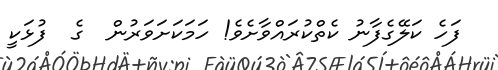
ފަހެ ކަލޭގެފާނު ކެތްކުރައްވާށެވެ! ހަމަކަށަވަރުން  ގެ  ފުޅަކީ